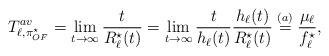
LaTeX: \begin{align*} T_{\ell,\pi^\star_{OF}}^{av}=\lim_{t\to\infty}\frac{t}{ R_\ell^\star(t)}=\lim_{t\to\infty}\frac{t}{h_\ell(t)}\frac{h_\ell(t)}{R_{\ell}^\star(t)}\stackrel{(a)}{=}\frac{\mu_{\ell}}{f_\ell^\star},\end{align*}